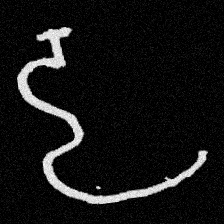
Pyu character \u2014 Myanmar letter: ဠ (romanized: lla)